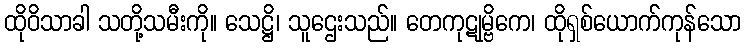
ထိုဝိသာခါ သတို့သမီးကို။ သေဋ္ဌိ၊ သူဌေးသည်။ တေကုဋုမ္ဗိကေ၊ ထိုရှစ်ယောက်ကုန်သော